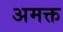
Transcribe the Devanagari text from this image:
अमक्त